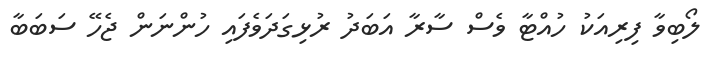
ލޯބިވާ ފިރިއަކު ހުއްޓާ ވެސް ސާރާ އަބަދު ރުޅިގަދަވެފައި ހުންނަން ޖެހޭ ސަބަބާ